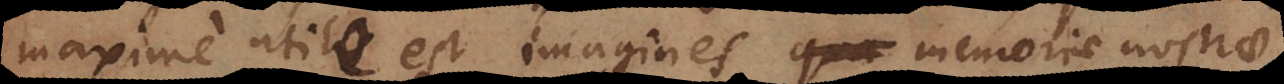
maxime utile est imagines memoriae nostrae